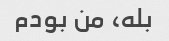
بله، من بودم